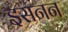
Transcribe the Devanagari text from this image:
इसनन